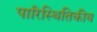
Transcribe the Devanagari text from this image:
पारिस्‍थितिकीय